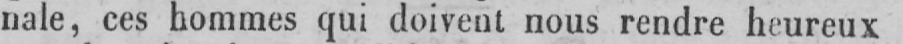
nale, ces hommes qui doivent nous rendre heureux